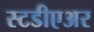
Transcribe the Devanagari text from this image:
स्टडीएअर